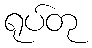
ရုပ်တု